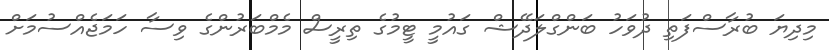
މިދިޔަ ބުރާސްފަތި ދުވަހު ބަންގްލަދޭޝް ގައުމީ ޓީމުގެ ތިރީސް މެމްބަރުންގެ ވިސާ ހަމަޖެއްސުމަށް